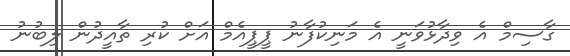
ގާސިމް އެ ވިދާޅުވަނީ އެ މަނިކުފާނު ޕީޕީއެމް އަށް ކުރި ތާއީދުން ލިބުނު